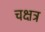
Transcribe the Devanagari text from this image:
चक्षत्र